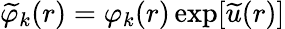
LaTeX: \widetilde{\varphi}_{k}(r)=\varphi_{k}(r)\exp[\widetilde{u}(r)]